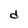
Character: d